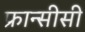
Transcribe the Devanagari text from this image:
फ्रान्सीसी